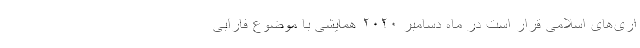
اری‌های اسلامی قرار است در ماه دسامبر ۲۰۲۰ همایشی با موضوع فارابی